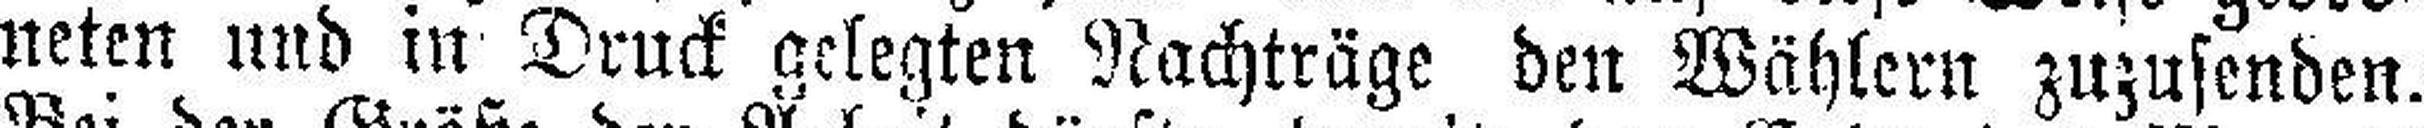
neten und in Druck gelegten Nachträge den Wählern zuzusenden.